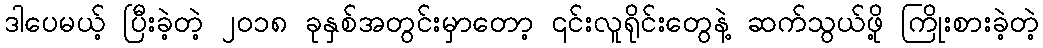
ဒါပေမယ့် ပြီးခဲ့တဲ့ ၂၀၁၈ ခုနှစ်အတွင်းမှာတော့ ၎င်းလူရိုင်းတွေနဲ့ ဆက်သွယ်ဖို့ ကြိုးစားခဲ့တဲ့